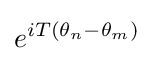
e^{iT(\theta _{n}-\theta _{m})}